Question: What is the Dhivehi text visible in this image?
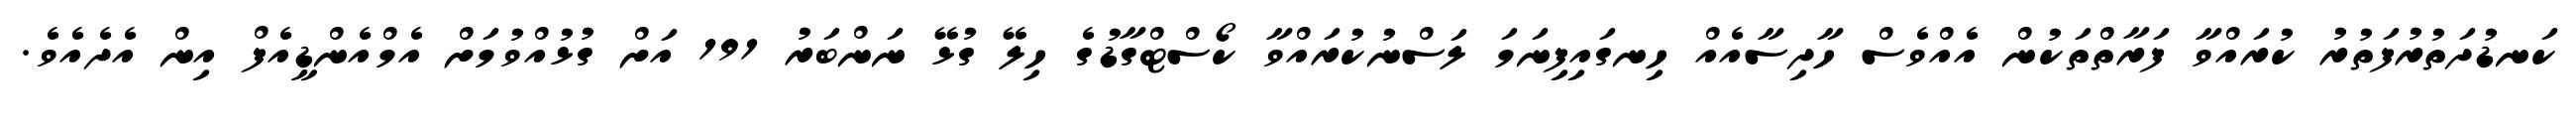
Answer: ކަނޑުދަތުރުފަތުރު ކުރައްވާ ފަރާތްތަކުން އެއްވެސް ހާދިސާއެއް ހިނގައިފިނަމަ ލަސްނުކުރައްވާ ކޯސްޓްގާޑުގެ ހިލޭ ގުޅޭ ނަންބަރު 191 އަށް ގުޅުއްވުމަށް އެމްއެންޑީއެފް އިން އެދެއެވެ.